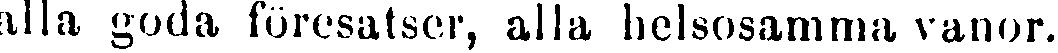
alla goda föresatser, alla helsosamma vanor.